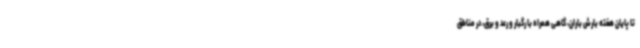
تا پایان هفته بارش باران، گاهی همراه با رگبار و رعد و برق، در مناطق